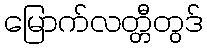
မြောက်လတ္တီတွဒ်